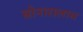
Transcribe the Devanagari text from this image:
सोनारालाच